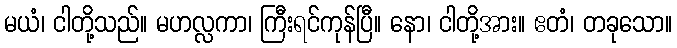
မယံ၊ ငါတို့သည်။ မဟလ္လကာ၊ ကြီးရင်ကုန်ပြီ။ နော၊ ငါတို့အား။ ဧတံ၊ တခုသော။